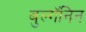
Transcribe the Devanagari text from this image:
बुल्गॅनिन